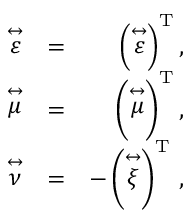
\begin{array} { r l r } { \stackrel { \leftrightarrow } { \varepsilon } } & { = } & { \left( \stackrel { \leftrightarrow } { \varepsilon } \right) ^ { \mathrm { T } } , } \\ { \stackrel { \leftrightarrow } { \mu } } & { = } & { \left( \stackrel { \leftrightarrow } { \mu } \right) ^ { \mathrm { T } } , } \\ { \stackrel { \leftrightarrow } { \nu } } & { = } & { - \left( \stackrel { \leftrightarrow } { \xi } \right) ^ { \mathrm { T } } \, , } \end{array}